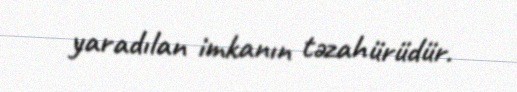
yaradılan imkanın təzahürüdür.